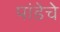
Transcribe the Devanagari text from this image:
पांडेचे